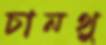
চানথু